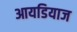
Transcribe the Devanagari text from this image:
आयडियाज